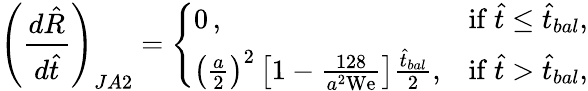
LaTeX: \left(\frac{d\hat{R}}{d\hat{t}}\right)_{JA2}=\left\{ \begin{array}{ll}{0\, ,}&{\mathrm{if~}\hat{t}\le\hat{t}_{bal},}\\ {\left(\frac{a}{2}\right)^{2}\left[1-\frac{128}{a^{2}\mathrm{We}}\right]\frac{\hat{t}_{bal}}{2},}&{\mathrm{if~}\hat{t}>\hat{t}_{bal},}\end{array}\right.